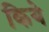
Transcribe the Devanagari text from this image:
किये